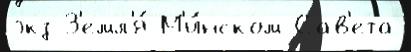
экз З'емл'я́ М'и́нском Сав'ета